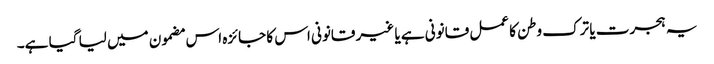
یہ ہجرت یا ترک وطن کا عمل قانونی ہے یا غیر قانونی اس کا جائزہ اس مضمون میں لیا گیا ہے۔